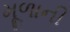
મૂળાની